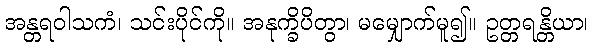
အန္တရဝါသကံ၊ သင်းပိုင်ကို။ အနုက္ခိပိတွာ၊ မမျှောက်မူ၍။ ဥတ္တရန္တိယာ၊